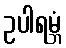
ဥပါရမ္ဘံ